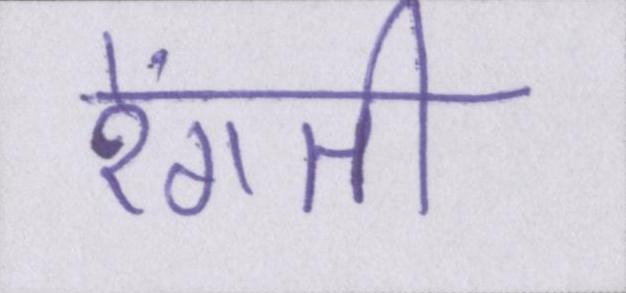
रेंगती